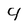
Character: 4